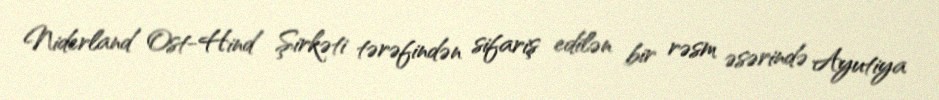
Niderland Ost-Hind Şirkəti tərəfindən sifariş edilən bir rəsm əsərində Ayutiya